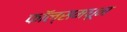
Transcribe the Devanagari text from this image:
फॉल्समधून